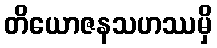
တိယောဇနသဟဿမှိ